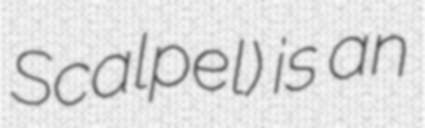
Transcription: Scalpel) is an